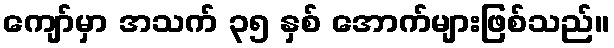
ကျော်မှာ အသက် ၃၅ နှစ် အောက်များဖြစ်သည်။